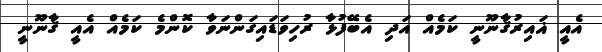
އެއީ ޣައިރުޤާނޫނީ ކަމެއް އަދި އެބޭފުޅާ ރުހިވަޑައިގަންނަވާ ކޮންމެ ކަމެއް އެއީ ޤާނޫނީ